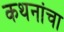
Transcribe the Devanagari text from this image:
कथनांचा